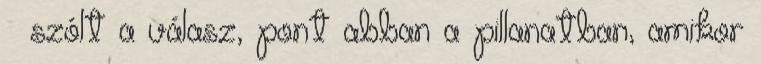
– szólt a válasz, pont abban a pillanatban, amikor